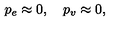
p _ { e } \approx 0 , \quad p _ { v } \approx 0 ,